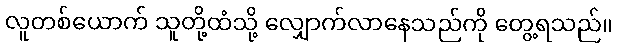
လူတစ်ယောက် သူတို့ထံသို့ လျှောက်လာနေသည်ကို တွေ့ရသည်။